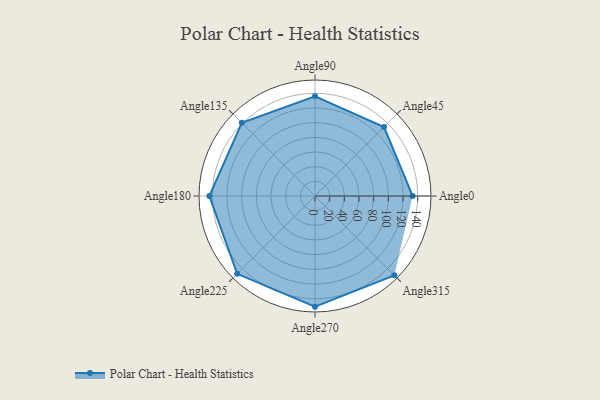
{"axis": {"x": "Angle", "y": "Radius"}, "legend": [""], "data": [{"x": "Angle0", "y": 133.0, "type": ""}, {"x": "Angle45", "y": 133.0, "type": ""}, {"x": "Angle90", "y": 136.0, "type": ""}, {"x": "Angle135", "y": 141.0, "type": ""}, {"x": "Angle180", "y": 144.0, "type": ""}, {"x": "Angle225", "y": 150.0, "type": ""}, {"x": "Angle270", "y": 151.0, "type": ""}, {"x": "Angle315", "y": 153.0, "type": ""}]}